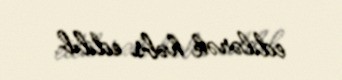
edilərək həbs edilib.